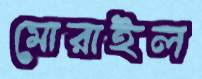
মোরাইল